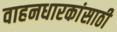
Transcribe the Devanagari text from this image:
वाहनधारकांसाठी